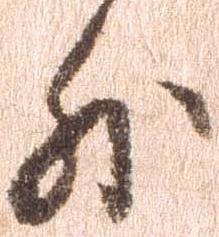
外